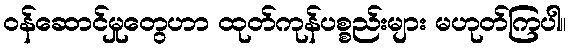
ဝန်ဆောင်မှုတွေဟာ ထုတ်ကုန်ပစ္စည်းများ မဟုတ်ကြပါ။